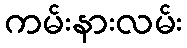
ကမ်းနားလမ်း